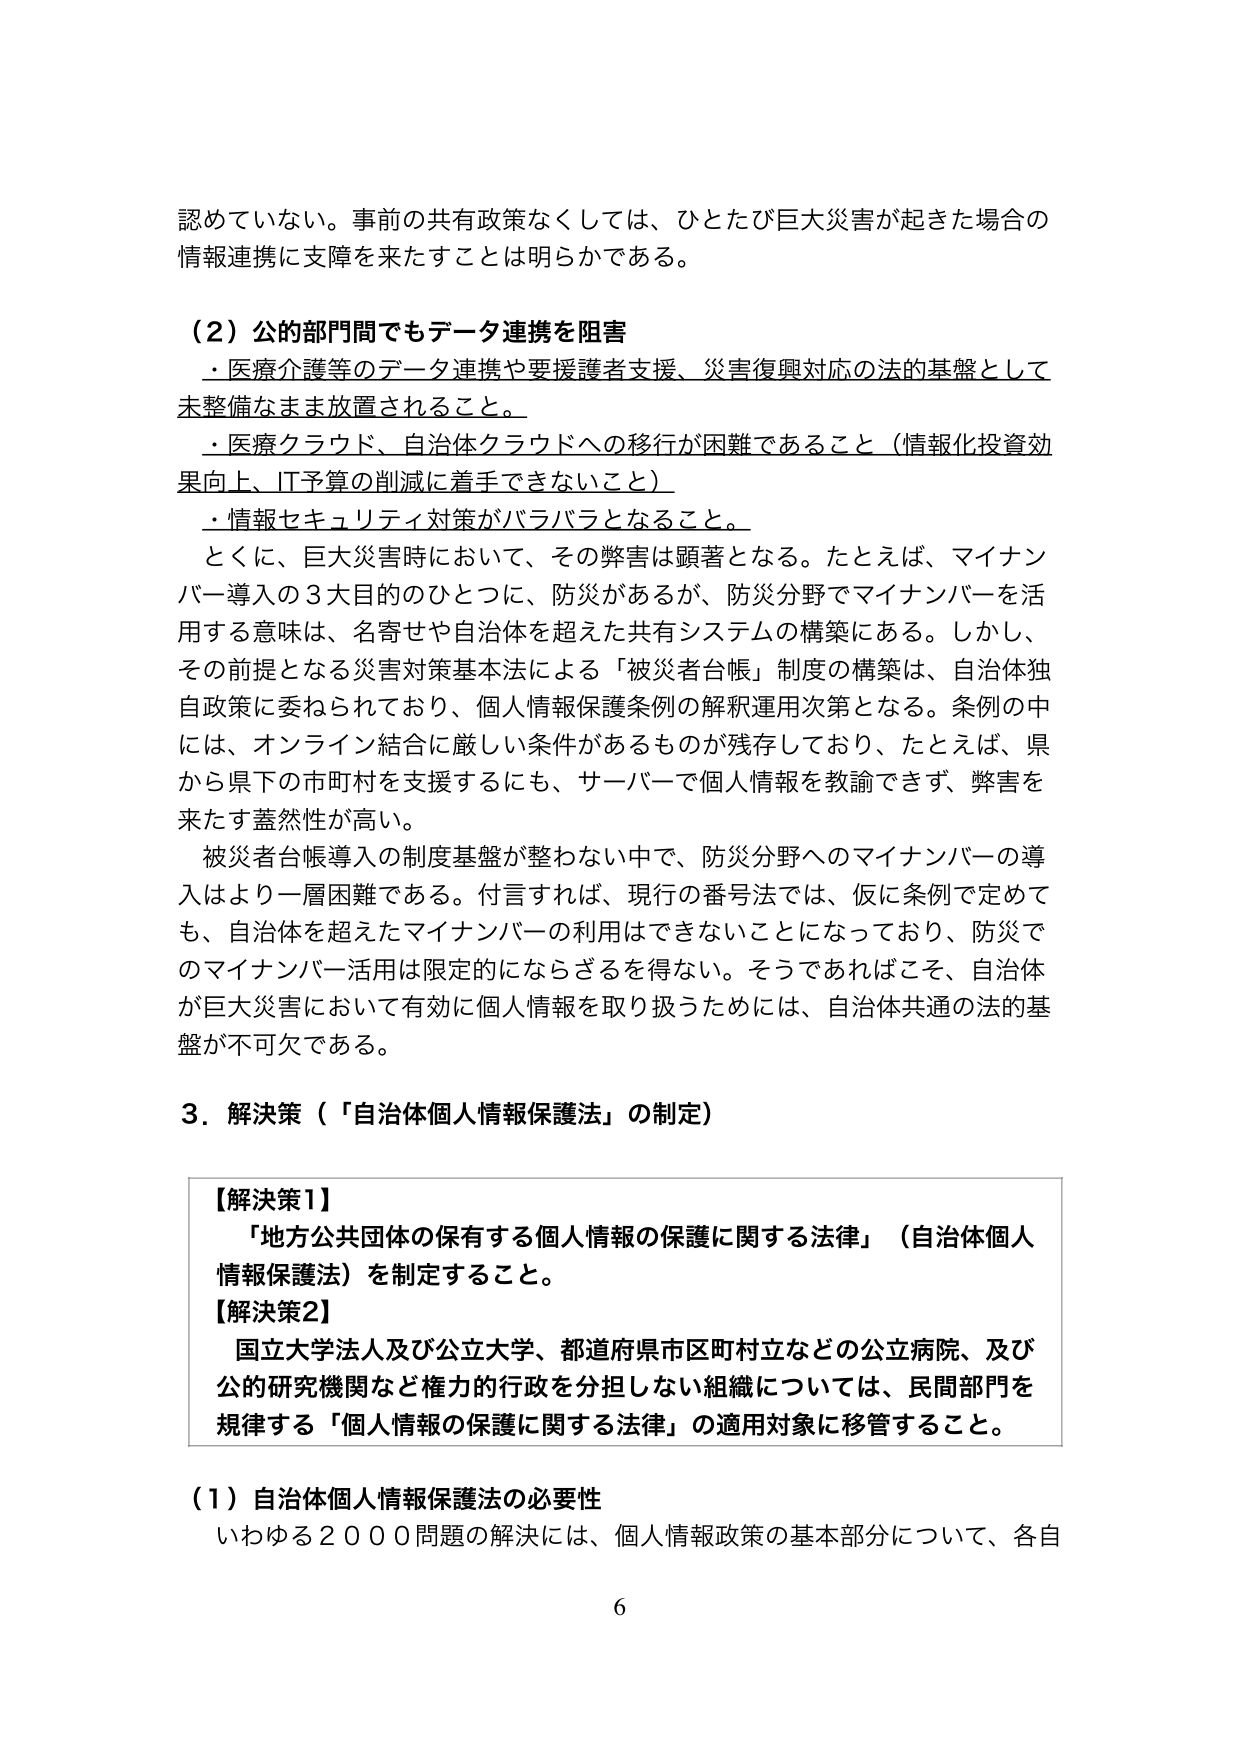
認めていない。事前の共有政策なくしては、ひとたび巨大災害が起きた場合の情報連携に支障を来たすことは明らかである。

（２）公的部門間でもデータ連携を阻害
・医療介護等のデータ連携や要援護者支援、災害復興対応の法的基盤として未整備なまま放置されること。
・医療クラウド、自治体クラウドへの移行が困難であること（情報化投資効果向上、IT予算の削減に着手できないこと）
・情報セキュリティ対策がバラバラとなること。

とくに、巨大災害時において、その弊害は顕著となる。たとえば、マイナンバー導入の３大目的のひとつに、防災があるが、防災分野でマイナンバーを活用する意味は、名寄せや自治体を超えた共有システムの構築にある。しかし、その前提となる災害対策基本法による「被災者台帳」制度の構築は、自治体独自政策に委ねられており、個人情報保護条例の解釈運用次第となる。条例の中には、オンライン結合に厳しい条件があるものが残存しており、たとえば、県から県下の市町村を支援するにも、サーバーで個人情報を教諭できず、弊害を来たす蓋然性が高い。

被災者台帳導入の制度基盤が整わない中で、防災分野へのマイナンバーの導入はより一層困難である。付言すれば、現行の番号法では、仮に条例で定めても、自治体を超えたマイナンバーの利用はできないことになっており、防災でのマイナンバー活用は限定的にならざるを得ない。そうであればこそ、自治体が巨大災害において有効に個人情報を取り扱うためには、自治体共通の法的基盤が不可欠である。

３．解決策（「自治体個人情報保護法」の制定）

【解決策１】
「地方公共団体の保有する個人情報の保護に関する法律」（自治体個人情報保護法）を制定すること。

【解決策２】
国立大学法人及び公立大学、都道府県市区町村立などの公立病院、及び公的研究機関など権力的行政を分担しない組織については、民間部門を規律する「個人情報の保護に関する法律」の適用対象に移管すること。

（１）自治体個人情報保護法の必要性
いわゆる２０００問題の解決には、個人情報政策の基本部分について、各自

6